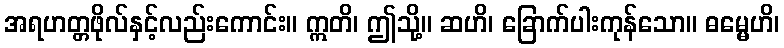
အရဟတ္တဖိုလ်နှင့်လည်းကောင်း။ ဣတိ၊ ဤသို့။ ဆဟိ၊ ခြောက်ပါးကုန်သော။ ဓမ္မေဟိ၊